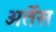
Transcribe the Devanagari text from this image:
अर्तेस